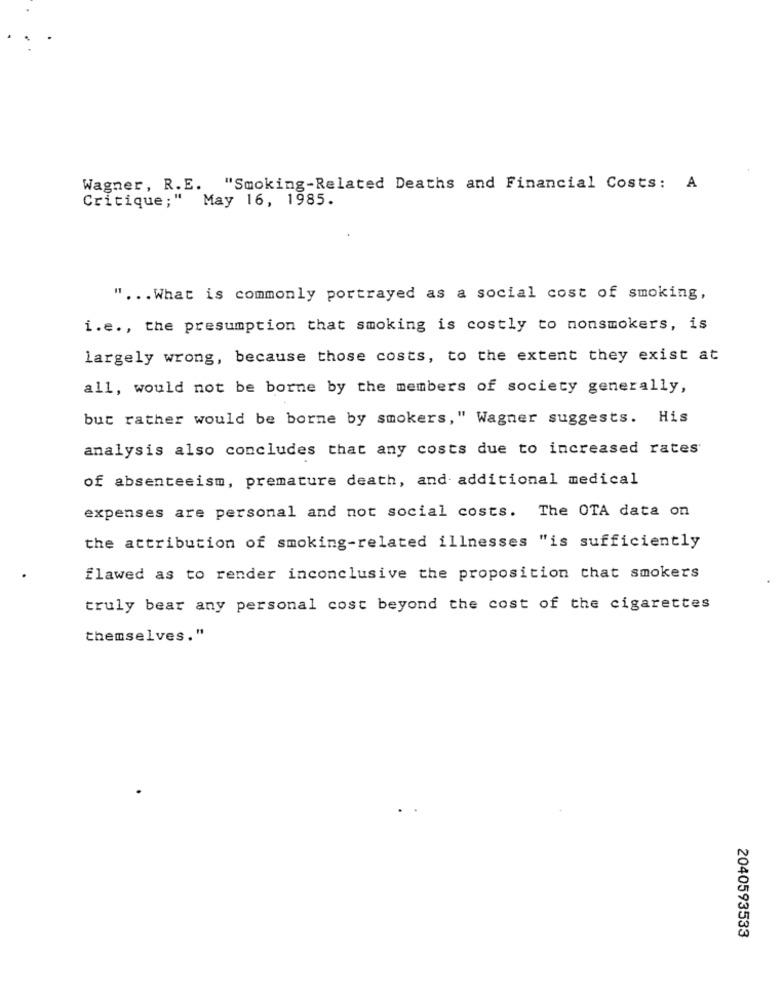
Wagner, R.E. "Smoking-Related Deaths and Financial Costs: A
Critique;" May 16, 1985.
" ... What is commonly portrayed as a social cost of smoking,
i.e ., the presumption that smoking is costly to nonsmokers, is
largely wrong, because those costs, to the extent they exist at
all, would not be borne by the members of society generally,
but rather would be borne by smokers," Wagner suggests. His
analysis also concludes that any costs due to increased rates
of absenteeism, premature death, and additional medical
expenses are personal and not social costs. The OTA data on
the attribution of smoking-related illnesses "is sufficiently
flawed as to render inconclusive the proposition that smokers
truly bear any personal cost beyond the cost of the cigarettes
themselves."
2040593533